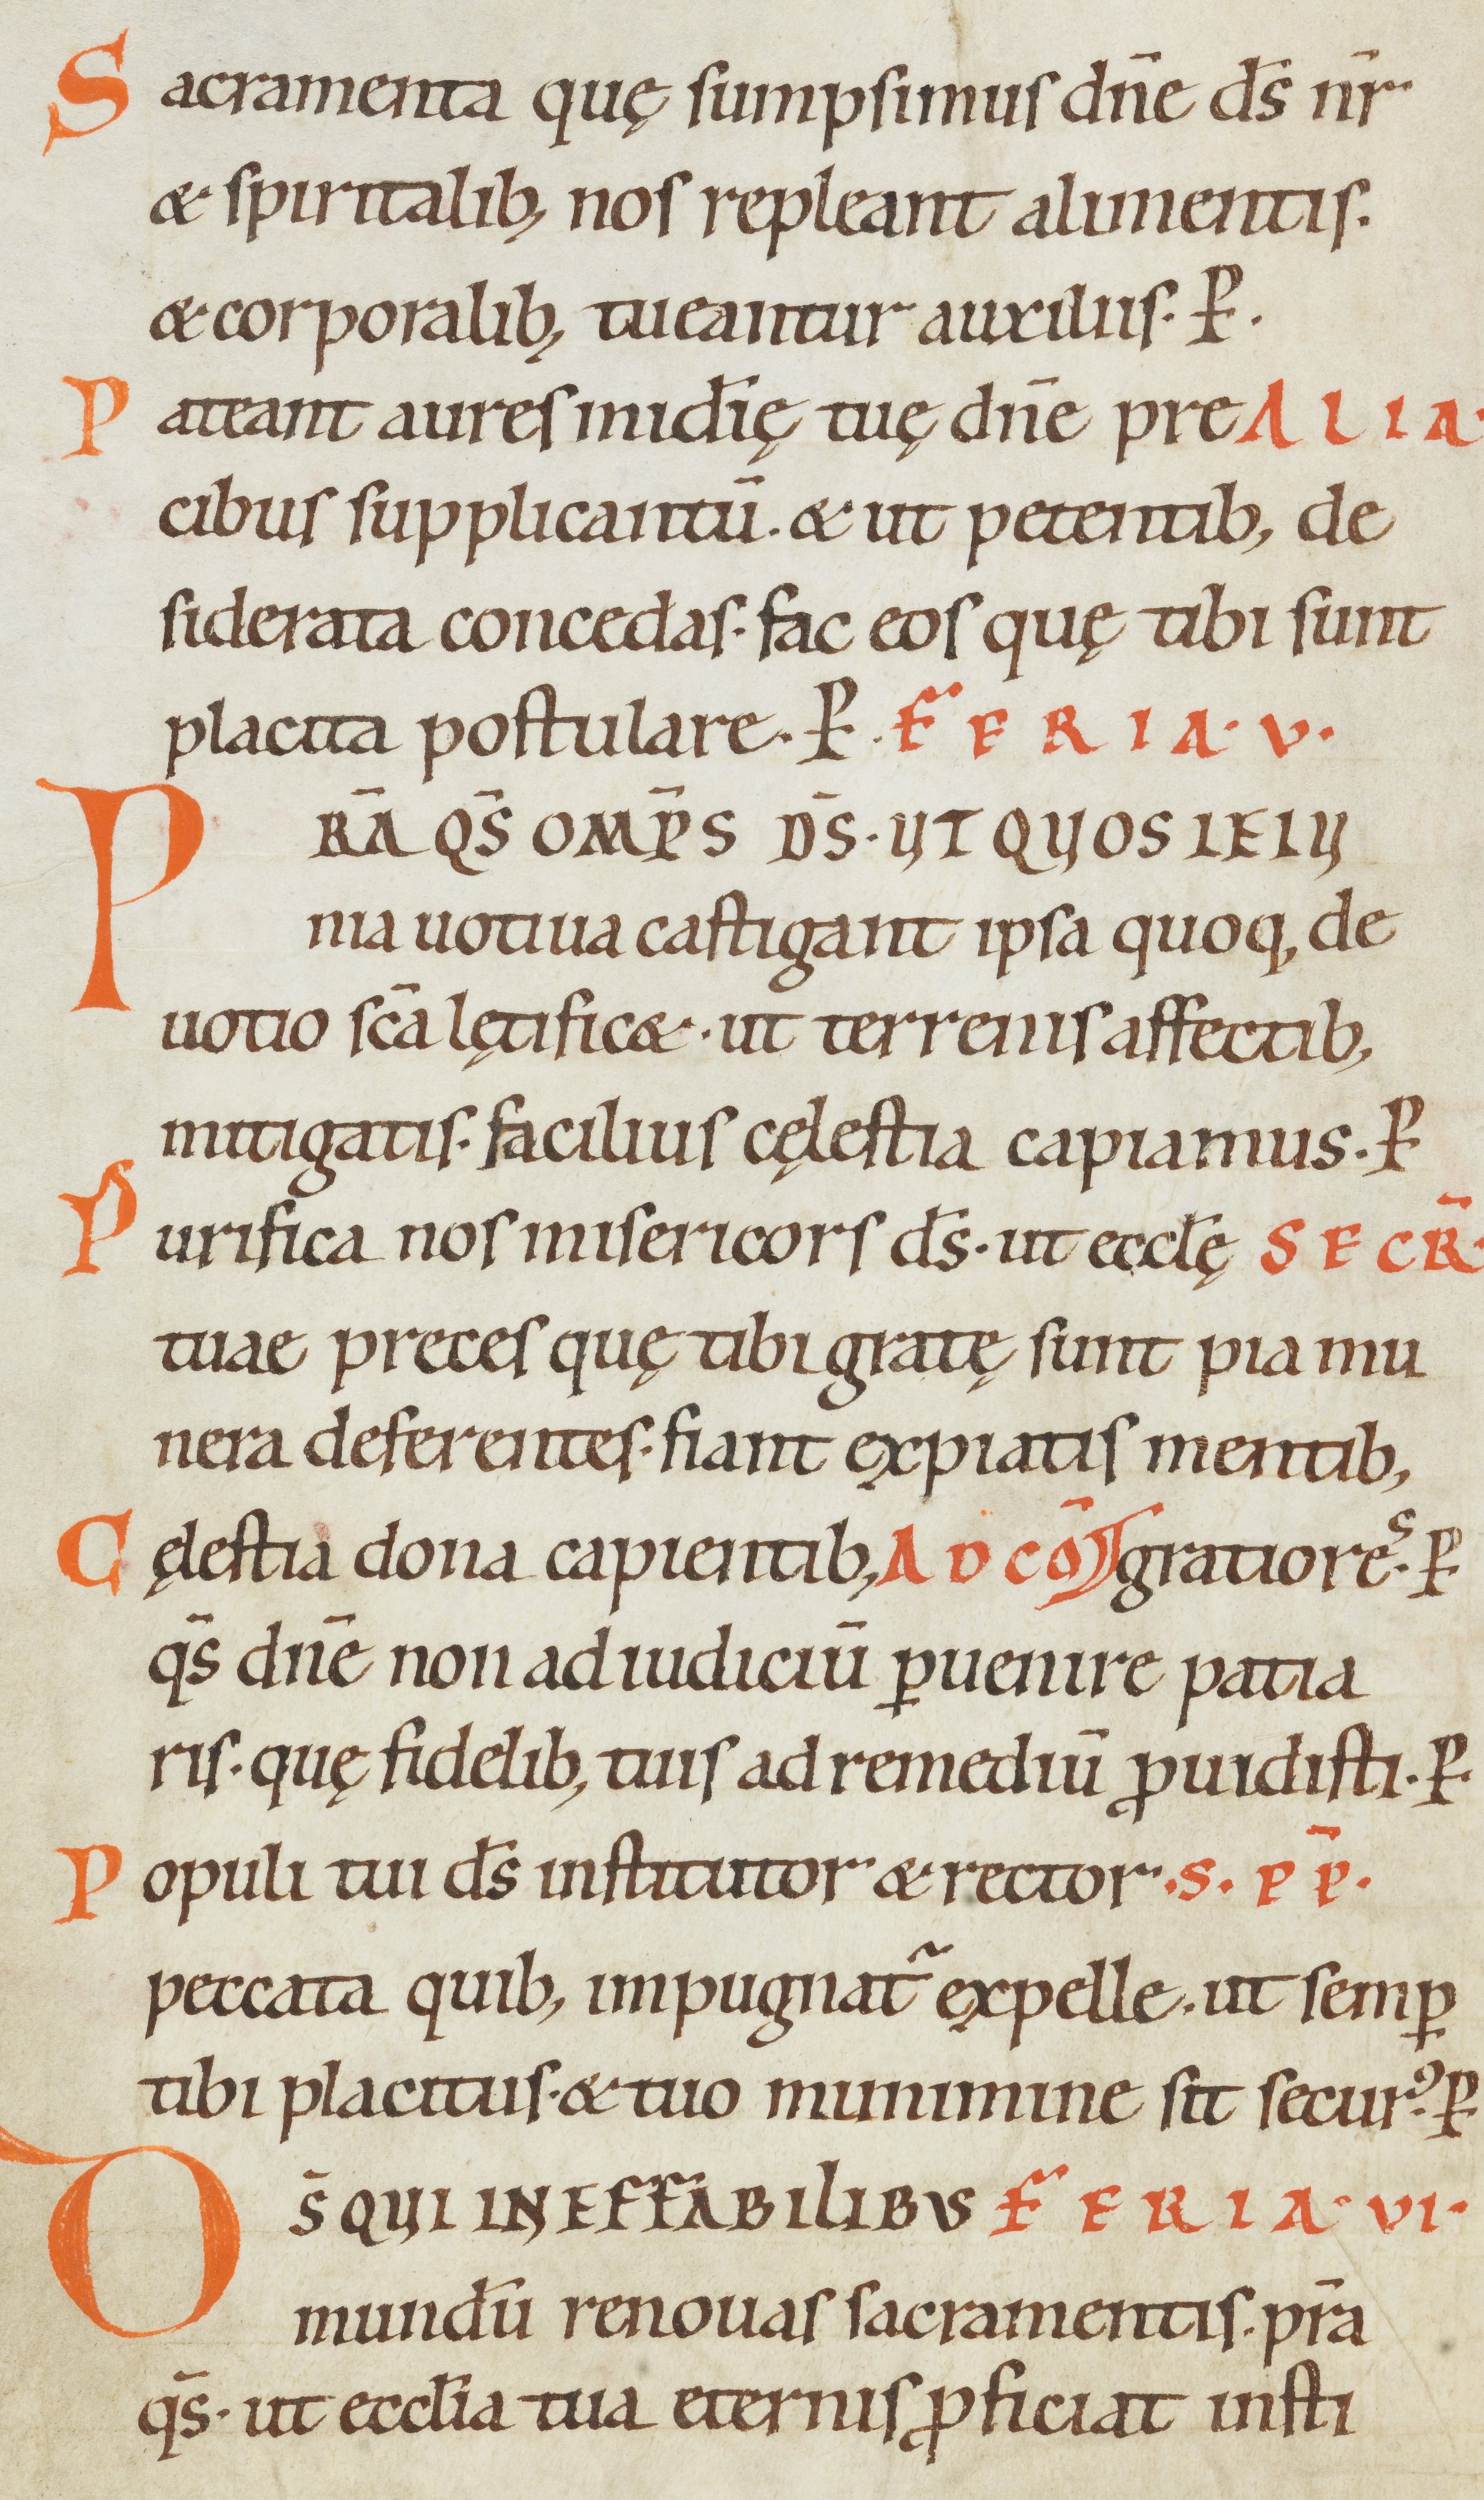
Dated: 1000–1099